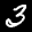
Label: 3